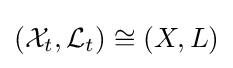
({\mathcal {X}}_{t},{\mathcal {L}}_{t})\cong (X,L)